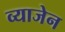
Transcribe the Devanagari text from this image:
व्याजेन